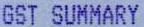
GST SUMMARY